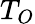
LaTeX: T_{O}